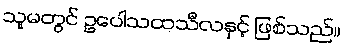
သူမတွင် ဥပေါသထသီလနှင့် ဖြစ်သည်။